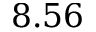
8 . 5 6